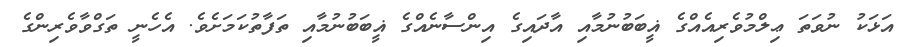
އަޅަކު ނުވަތަ ޢިލްމުވެރިއެއްގެ ޣީބަބުނުމާއި އާދައިގެ އިންސާނެއްގެ ޣީބަބުނުމާއި ތަފާތުކަމަށެވެ. އެހެނީ ތަގްވާވެރިންގެ